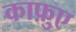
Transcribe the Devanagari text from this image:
काफ़ुए